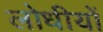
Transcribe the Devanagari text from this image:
लोधीयों